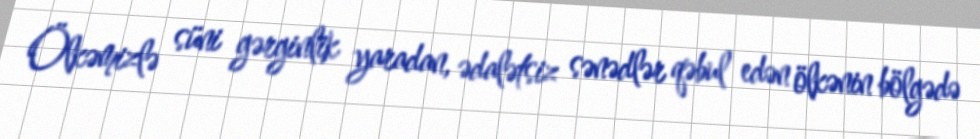
Ölkəmizlə süni gərginlik yaradan, ədalətsiz sənədlər qəbul edən ölkənin bölgədə